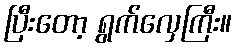
ပြီးတော့ ရွက်လှေကြီး။